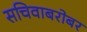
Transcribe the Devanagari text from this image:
सचिवाबरोबर